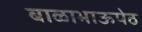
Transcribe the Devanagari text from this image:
बाळाभाऊपेठ